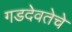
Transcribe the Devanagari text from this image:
गडदेवतेचे